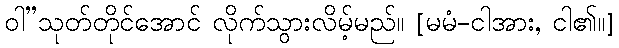
ဝါ”သုတ်တိုင်အောင် လိုက်သွားလိမ့်မည်။ [မမံ-ငါအား, ငါ၏။]